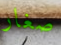
صغار